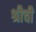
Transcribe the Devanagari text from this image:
श्रीची